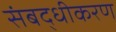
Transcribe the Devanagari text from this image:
संबद्धीकरण